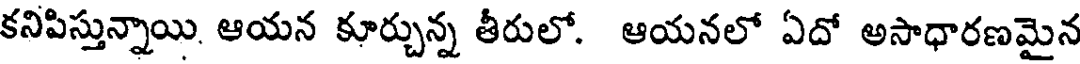
కనిపిస్తున్నాయి. ఆయన కూర్చున్న తీరులో. ఆయనలో ఏదో అసాధారణమైన